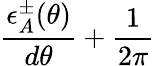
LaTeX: \frac{\epsilon_{A}^{\pm}(\theta)}{d\theta}+\frac{1}{2\pi}